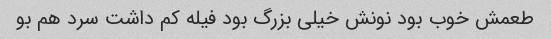
طعمش خوب بود نونش خیلی بزرگ بود فیله کم داشت سرد هم بو